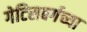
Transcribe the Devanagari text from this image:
गेटिसबर्गच्या